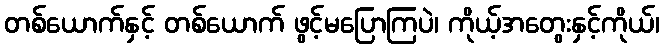
တစ်ယောက်နှင့် တစ်ယောက် ဖွင့်မပြောကြပဲ၊ ကိုယ့်အတွေးနှင့်ကိုယ်၊